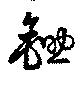
鋤